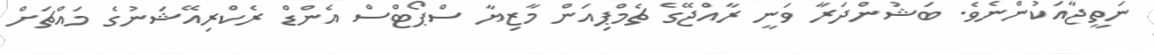
ނަތީޖާއަކުންނެވެ. ބަޝުންދަރާ ވަނީ ރާއްޖޭގެ ޗެމްޕިއަން މާޒިޔާ ސްޕޯޓްސް އެންޑް ރެކްރިއޭޝަނުގެ މައްޗަށް